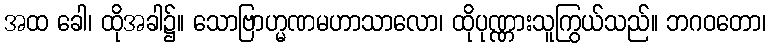
အထ ခေါ၊ ထိုအခါ၌။ သောဗြာဟ္မဏမဟာသာလော၊ ထိုပုဏ္ဏားသူကြွယ်သည်။ ဘဂဝတော၊